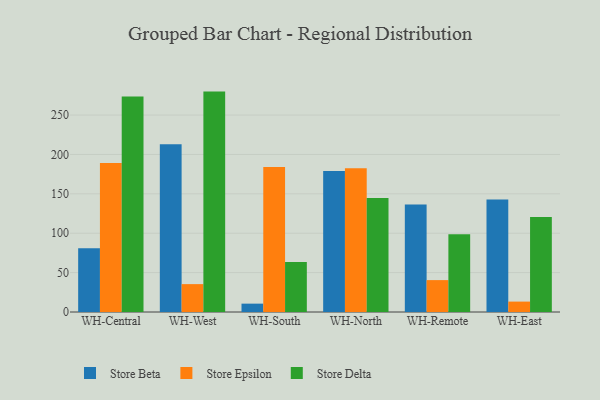
{"axis": {"x": "Warehouse", "y": "Customer Acquisition Cost (USD)"}, "legend": ["Store Beta", "Store Delta", "Store Epsilon"], "data": [{"x": "WH-Central", "y": 81.0, "type": "Store Beta"}, {"x": "WH-Central", "y": 189.3, "type": "Store Epsilon"}, {"x": "WH-Central", "y": 273.7, "type": "Store Delta"}, {"x": "WH-West", "y": 213.1, "type": "Store Beta"}, {"x": "WH-West", "y": 35.4, "type": "Store Epsilon"}, {"x": "WH-West", "y": 279.8, "type": "Store Delta"}, {"x": "WH-South", "y": 10.6, "type": "Store Beta"}, {"x": "WH-South", "y": 184.1, "type": "Store Epsilon"}, {"x": "WH-South", "y": 63.6, "type": "Store Delta"}, {"x": "WH-North", "y": 178.9, "type": "Store Beta"}, {"x": "WH-North", "y": 182.5, "type": "Store Epsilon"}, {"x": "WH-North", "y": 144.8, "type": "Store Delta"}, {"x": "WH-Remote", "y": 136.4, "type": "Store Beta"}, {"x": "WH-Remote", "y": 40.5, "type": "Store Epsilon"}, {"x": "WH-Remote", "y": 98.8, "type": "Store Delta"}, {"x": "WH-East", "y": 142.7, "type": "Store Beta"}, {"x": "WH-East", "y": 13.2, "type": "Store Epsilon"}, {"x": "WH-East", "y": 120.5, "type": "Store Delta"}]}